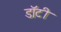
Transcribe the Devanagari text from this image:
डॉटी